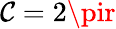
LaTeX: \mathcal{C}=2\pir